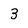
Character: 3